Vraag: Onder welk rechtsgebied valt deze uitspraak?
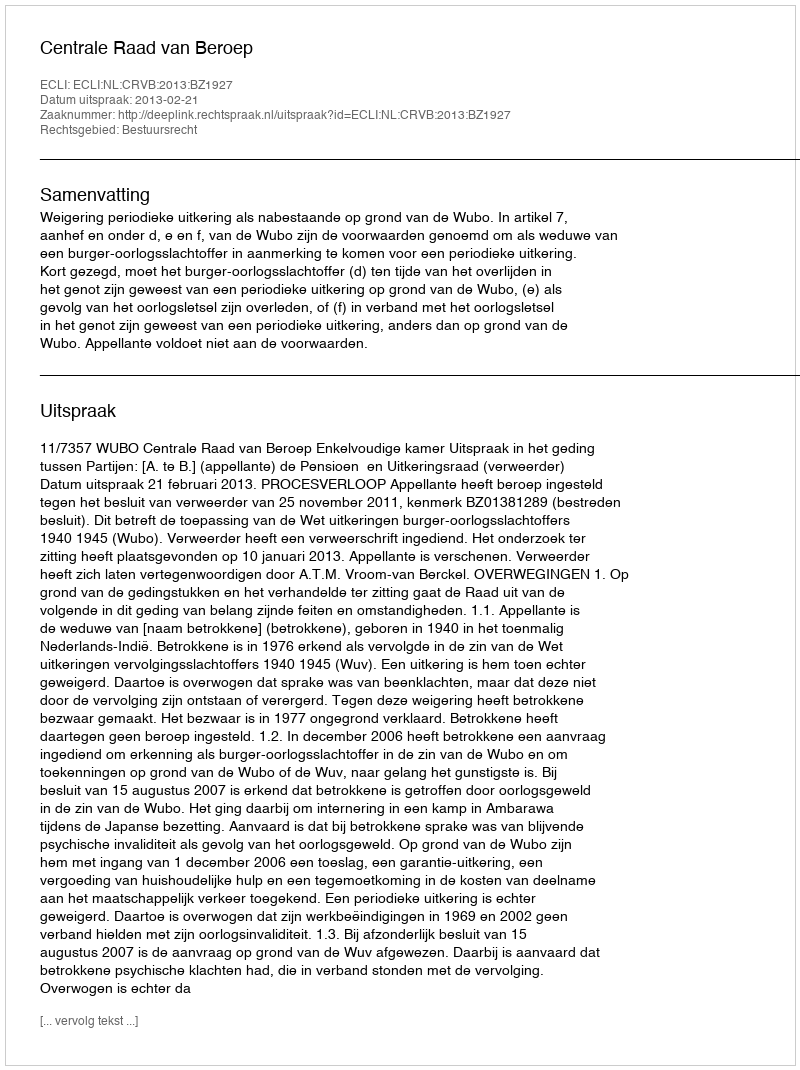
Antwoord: Bestuursrecht